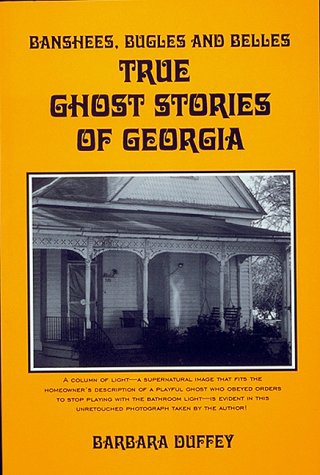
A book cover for Banshees, Bugles and Belles: True Ghost Stories of Georgia; Barbara Duffey; Travel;